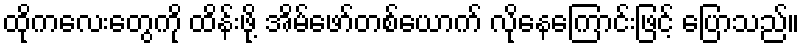
ထိုကလေးတွေကို ထိန်းဖို့ အိမ်ဖော်တစ်ယောက် လိုနေကြောင်းဖြင့် ပြောသည်။